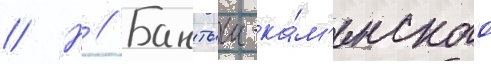
// Н // Бантыш-ка́м'енского